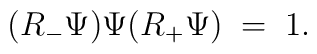
(R_- \Psi) \Psi (R_+ \Psi) \; = \; 1.